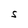
Character: S